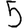
Digit: 5